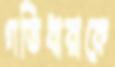
গতিধারাকে